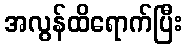
အလွန်ထိရောက်ပြီး